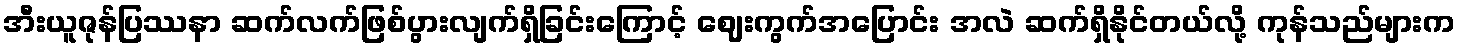
အီးယူဇုန်ပြဿနာ ဆက်လက်ဖြစ်ပွားလျက်ရှိခြင်းကြောင့် ဈေးကွက်အပြောင်း အလဲ ဆက်ရှိနိုင်တယ်လို့ ကုန်သည်များက